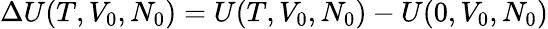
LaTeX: \Delta U(T,V_{0},N_{0})=U(T,V_{0},N_{0})-U(0,V_{0},N_{0})